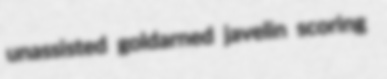
unassisted goldarned javelin scoring